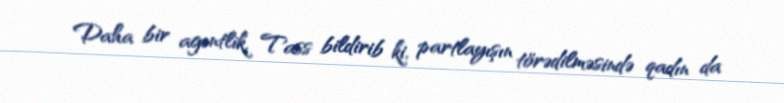
Daha bir agentlik, Tass bildirib ki, partlayışın törədilməsində qadın da